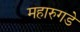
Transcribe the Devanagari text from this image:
महारुगडे